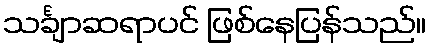
သင်္ချာဆရာပင် ဖြစ်နေပြန်သည်။